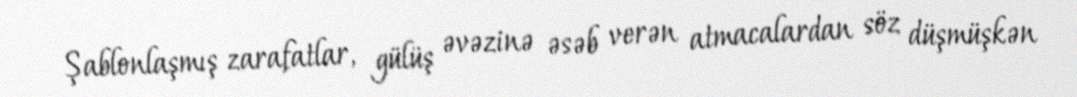
Şablonlaşmış zarafatlar, gülüş əvəzinə əsəb verən atmacalardan söz düşmüşkən